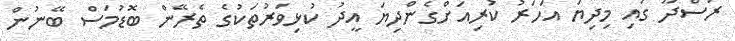
ރަސްދޫ ގައި މިދިޔަ އަހަރު ކުރިއަށްގެންދިޔަ އީދު ކުޅިވަރުތަކުގެ ތެރޭން ބޮޑުމަސް ބޭނުން